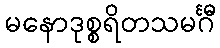
မနောဒုစ္စရိတသမင်္ဂီ